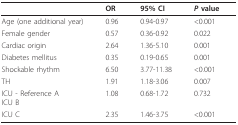
|  | OR | 95% CI | P value |
 | --- | --- | --- | --- |
 | Age (one additional year) | 0.96 | 0.94-0.97 | <0.001 |
 | Female gender | 0.57 | 0.36-0.92 | 0.022 |
 | Cardiac origin | 2.64 | 1.36-5.10 | 0.001 |
 | Diabetes mellitus | 0.35 | 0.19-0.65 | 0.001 |
 | Shockable rhythm | 6.50 | 3.77-11.38 | <0.001 |
 | TH | 1.91 | 1.18-3.06 | 0.007 |
 | ICU - Reference AICU B | 1.08 | 0.68-1.72 | 0.732 |
 | ICU C | 2.35 | 1.46-3.75 | <0.001 |